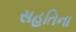
સહતિના